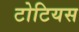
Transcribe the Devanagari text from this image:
टोटियस